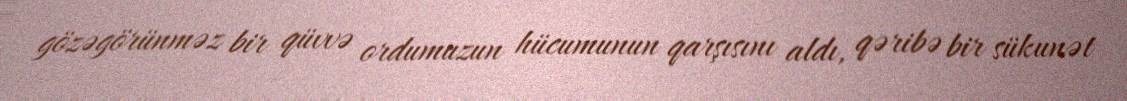
gözəgörünməz bir qüvvə ordumuzun hücumunun qarşısını aldı, qəribə bir sükunət